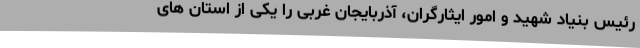
رئیس بنیاد شهید و امور ایثارگران، آذربایجان غربی را یکی از استان های